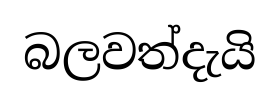
බලවත්දැයි